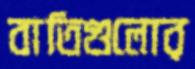
বাতিগুলোর